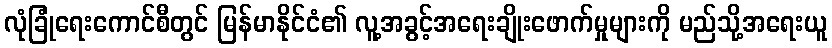
လုံခြုံရေးကောင်စီတွင် မြန်မာနိုင်ငံ၏ လူ့အခွင့်အရေးချိုးဖောက်မှုများကို မည်သို့အရေးယူ